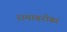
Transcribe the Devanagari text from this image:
रामाबरोबर